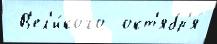
 В'ел'и́кого  окт'ябр'я́